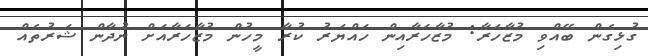
ގުޅިގެން ބޭއްވި މުޒާހަރާ: މުޒާހަރާއިން ހައްޔަރު ކުރާ މީހުން މުޒާހަރާއަށް ނުދާން ޝަރުތެއް